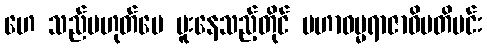
ဟေ သည်မဟုတ်ပေ မူးနေသည့်တိုင် မဟာဓမ္မရာဇာဓိပတိမင်း